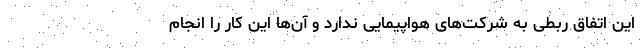
این اتفاق ربطی به شرکت‌های هواپیمایی ندارد و آن‌ها این کار را انجام